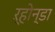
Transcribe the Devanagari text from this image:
ऱ्होन्डा